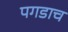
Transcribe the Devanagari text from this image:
पगडाच